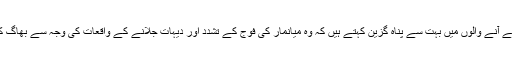
تاہم وہاں سے آنے والوں میں بہت سے پناہ گزین کہتے ہیں کہ وہ میانمار کی فوج کے تشدد اور دیہات جلانے کے واقعات کی وجہ سے بھاگ کر آئے ہیں۔